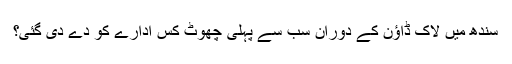
سندھ میں لاک ڈاؤن کے دوران سب سے پہلی چھوٹ کس ادارے کو دے دی گئی؟